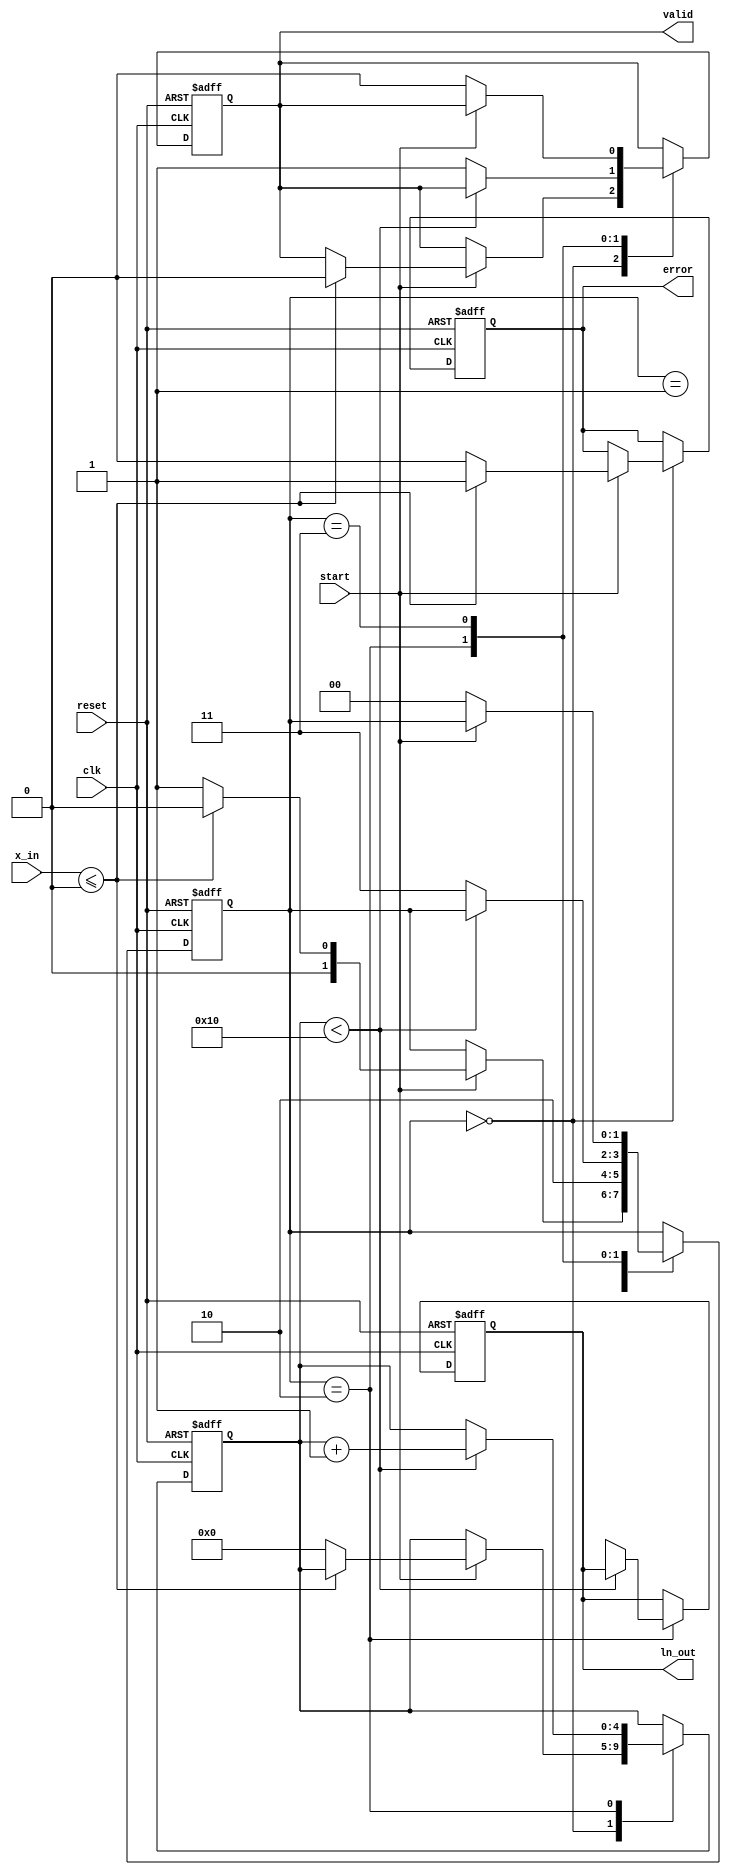
module CORDIC_Logarithm (
    input wire clk,                // Clock signal
    input wire reset,              // Reset signal
    input wire start,              // Start signal to initiate computation
    input wire [31:0] x_in,        // Input value (fixed-point representation, positive)
    output reg [31:0] ln_out,      // Output value (natural logarithm)
    output reg valid,              // Output valid signal
    output reg error               // Error signal for invalid input
);

parameter NUM_ITERATIONS = 16;   // Number of iterations for CORDIC
parameter [31:0] K = 32'hB17217F7; // CORDIC scaling factor (approx. 0.607252935)

reg [31:0] x [0:NUM_ITERATIONS-1]; // Input value register
reg [31:0] y [0:NUM_ITERATIONS-1]; // Y coordinate
reg [31:0] z [0:NUM_ITERATIONS-1]; // Z angle register
reg [4:0] iter_count;              // Iteration counter
reg [1:0] state;                   // FSM state
localparam IDLE = 2'b00,           // Idle state
           INIT = 2'b01,           // Initialization state
           COMPUTE = 2'b10,        // Computation state
           OUTPUT = 2'b11;          // Output state

always @(posedge clk or posedge reset) begin
    if (reset) begin
        ln_out <= 0;
        valid <= 0;
        error <= 0;
        iter_count <= 0;
        state <= IDLE;
    end else begin
        case (state)
            IDLE: begin
                if (start) begin
                    if (x_in <= 0) begin
                        error <= 1; // Set error if input is non-positive
                        valid <= 0;
                        state <= IDLE; // Stay in IDLE
                    end else begin
                        error <= 0;
                        // Initialize values for CORDIC
                        x[0] <= x_in;
                        y[0] <= 0;
                        z[0] <= 0; // Initial angle (zero)
                        iter_count <= 0;
                        state <= INIT;
                    end
                end
            end

            INIT: begin
                // Initialize the first iteration
                x[iter_count] <= x[0] * K;
                y[iter_count] <= y[0];
                z[iter_count] <= z[0];
                state <= COMPUTE;
            end

            COMPUTE: begin
                if (iter_count < NUM_ITERATIONS) begin
                    if (z[iter_count] < 0) begin
                        x[iter_count + 1] <= x[iter_count] + (y[iter_count] >> iter_count);
                        y[iter_count + 1] <= y[iter_count] - (x[iter_count] >> iter_count);
                        z[iter_count + 1] <= z[iter_count] + (32'hB17217F7 >> iter_count); // atan(2^(-i))
                    end else begin
                        x[iter_count + 1] <= x[iter_count] - (y[iter_count] >> iter_count);
                        y[iter_count + 1] <= y[iter_count] + (x[iter_count] >> iter_count);
                        z[iter_count + 1] <= z[iter_count] - (32'hB17217F7 >> iter_count);
                    end
                    iter_count <= iter_count + 1;
                end else begin
                    // Assign output logarithm
                    ln_out <= z[NUM_ITERATIONS];
                    valid <= 1;
                    state <= OUTPUT;
                end
            end

            OUTPUT: begin
                // Wait for next start signal or reset
                if (!start) begin
                    valid <= 0;
                    state <= IDLE; // Go back to IDLE
                end
            end
        endcase
    end
end

endmodule